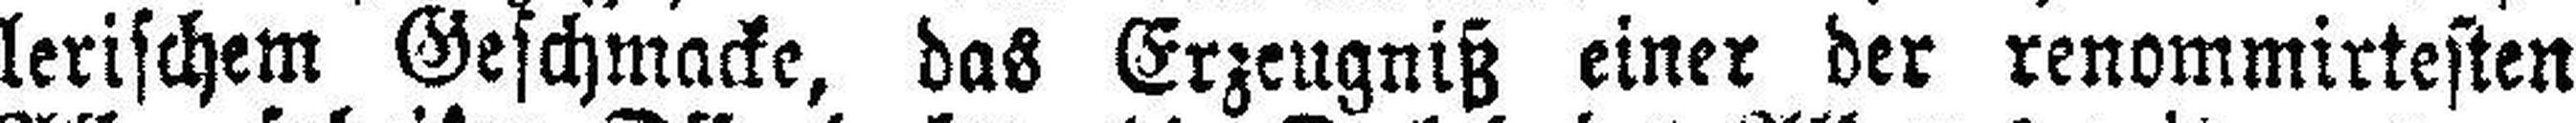
lerischem Geschmacke, das Erzeugniß einer der renommirtesten